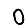
Digit: 0